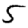
Digit: 5